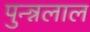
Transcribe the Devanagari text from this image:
पुन्न्नलाल